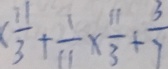
( \frac { 1 1 } { 3 } + \frac { 1 } { 1 1 } \times \frac { 1 1 } { 3 } + \frac { 3 } { 7 } )